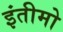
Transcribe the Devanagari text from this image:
इंतीमो